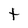
Character: t